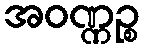
အဝဏ္ဏဉ္စ